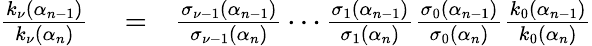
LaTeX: \begin{array}{rlr}{\frac{k_{\nu}(\alpha_{n-1})}{k_{\nu}(\alpha_{n})}}&{{}=}&{\frac{\sigma_{\nu-1}(\alpha_{n-1})}{\sigma_{\nu-1}(\alpha_{n})}\cdots\frac{\sigma_{1}(\alpha_{n-1})}{\sigma_{1}(\alpha_{n})}\frac{\sigma_{0}(\alpha_{n-1})}{\sigma_{0}(\alpha_{n})}\frac{k_{0}(\alpha_{n-1})}{k_{0}(\alpha_{n})}}\end{array}